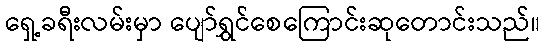
ရှေ့ခရီးလမ်းမှာ ပျော်ရွှင်စေကြောင်းဆုတောင်းသည်။